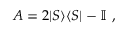
A = 2 \vert S \rangle \langle S \vert - \mathbb { I } ~ ,